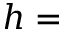
h =